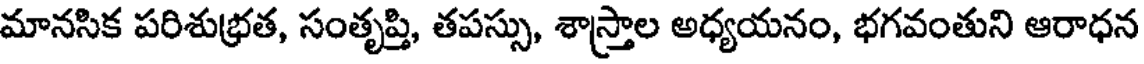
మానసిక పరిశుభ్రత, సంతృప్తి, తపస్సు, శాస్త్రాల అధ్యయనం, భగవంతుని ఆరాధన